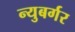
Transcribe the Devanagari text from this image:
न्युबर्गर